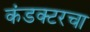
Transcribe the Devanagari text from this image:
कंडक्टरचा